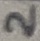
Text: 2